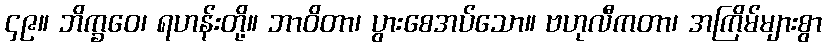
၄၉။ ဘိက္ခဝေ၊ ရဟန်းတို့။ ဘာဝိတာ၊ ပွားစေအပ်သော။ ဗဟုလီကတာ၊ အကြိမ်များစွာ